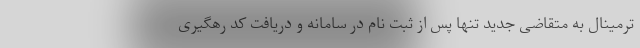
ترمینال به متقاضی جدید تنها پس از ثبت نام در سامانه و دریافت کد رهگیری